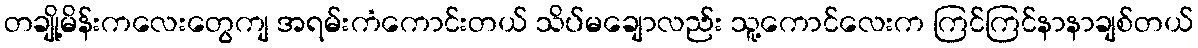
တချို့မိန်းကလေးတွေကျ အရမ်းကံကောင်းတယ် သိပ်မချောလည်း သူ့ကောင်လေးက ကြင်ကြင်နာနာချစ်တယ်